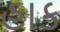
હાક